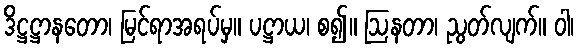
ဒိဋ္ဌဋ္ဌာနတော၊ မြင်ရာအရပ်မှ။ ပဋ္ဌာယ၊ စ၍။ ဩနတာ၊ ညွတ်လျက်။ ဝါ၊